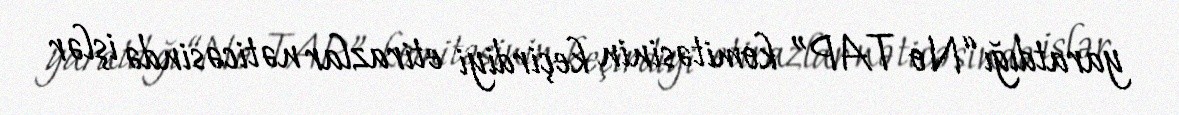
yaratdığı “No TAP” komitəsinin keçirdiyi etirazlar nəticəsində işlər